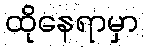
ထိုနေရာမှာ